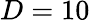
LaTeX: D=10